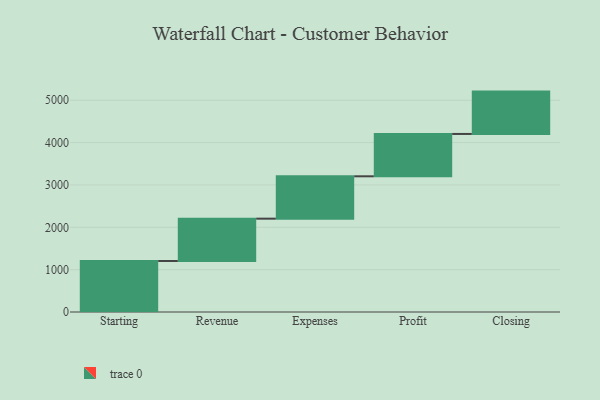
{"axis": {"x": "Step", "y": "Value"}, "legend": [""], "data": [{"x": "Starting", "y": 1204.0, "type": ""}, {"x": "Revenue", "y": 1000, "type": ""}, {"x": "Expenses", "y": 1000, "type": ""}, {"x": "Profit", "y": 1000, "type": ""}, {"x": "Closing", "y": 1000, "type": ""}]}